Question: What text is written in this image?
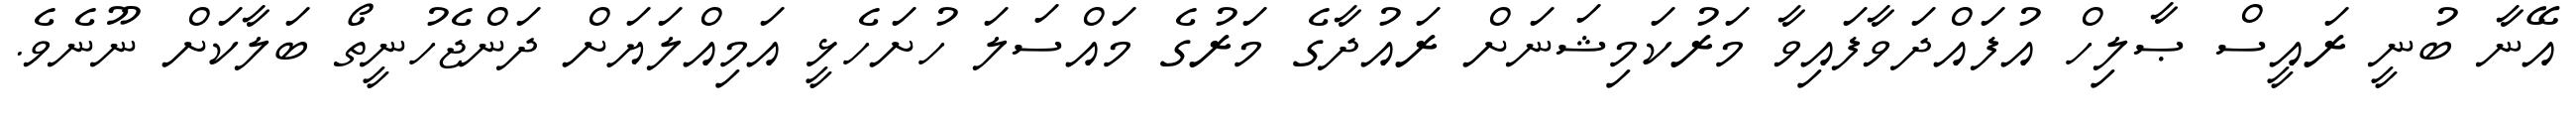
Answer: އޭނާ ބުނީ ރައީސް ޞާލިހް އުފައްދަވާފައިވާ މަރުކަމިޝަނަށް ރައުދާގެ މަރުގެ މައްސަލަ ހުށަހެޅީ އަމިއްލަޔަށް ދަންޖެހުނީތޯ ބަލާކަށް ނޫނެވެ.